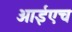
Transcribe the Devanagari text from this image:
आईएच